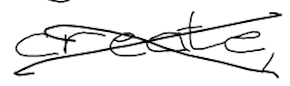
Text: create,
Cross-out: cross
Writing tool: digital_black